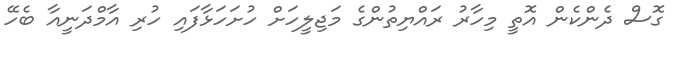
ގޮސް ދެންކެން އޮތީ މިހާރު ރައްޔިތުންގެ މަޖިލީހަށް ހުށަހަޅާފައި ހުރި އާމްދަނީއާ ބެހޭ